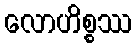
လောဟိစ္စဿ